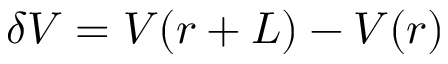
\delta V = V ( r + L ) - V ( r )